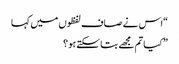
“اس نے صاف لفظوں میں کہا
” کیا تم مجھے بتا سکتے ہو ؟